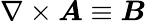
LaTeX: \nabla\times\boldsymbol{A}\equiv\boldsymbol{B}